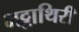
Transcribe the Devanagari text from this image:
भट्टाथिरी